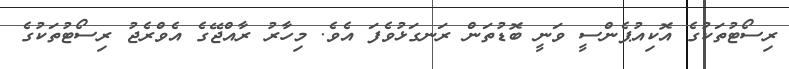
ރިސޯޓުތަކުގެ އޮކިއުޕެންސީ ވަނީ ބޮޑުތަން ރަނގަޅުވެފަ އެވެ. މިހާރު ރާއްޖޭގެ އެވްރެޖު ރިސޯޓުތަކުގެ